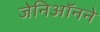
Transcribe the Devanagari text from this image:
जेनिऑनने